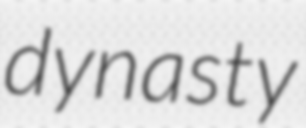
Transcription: dynasty